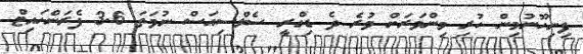
ފިނިހޫނުމިން ހުރި މިންވަރަށް ވުރެ ދެ ޑިގްރީ ސެލްސިއަސް ނުވަތަ 3.6 ފެރަންހައިޓް